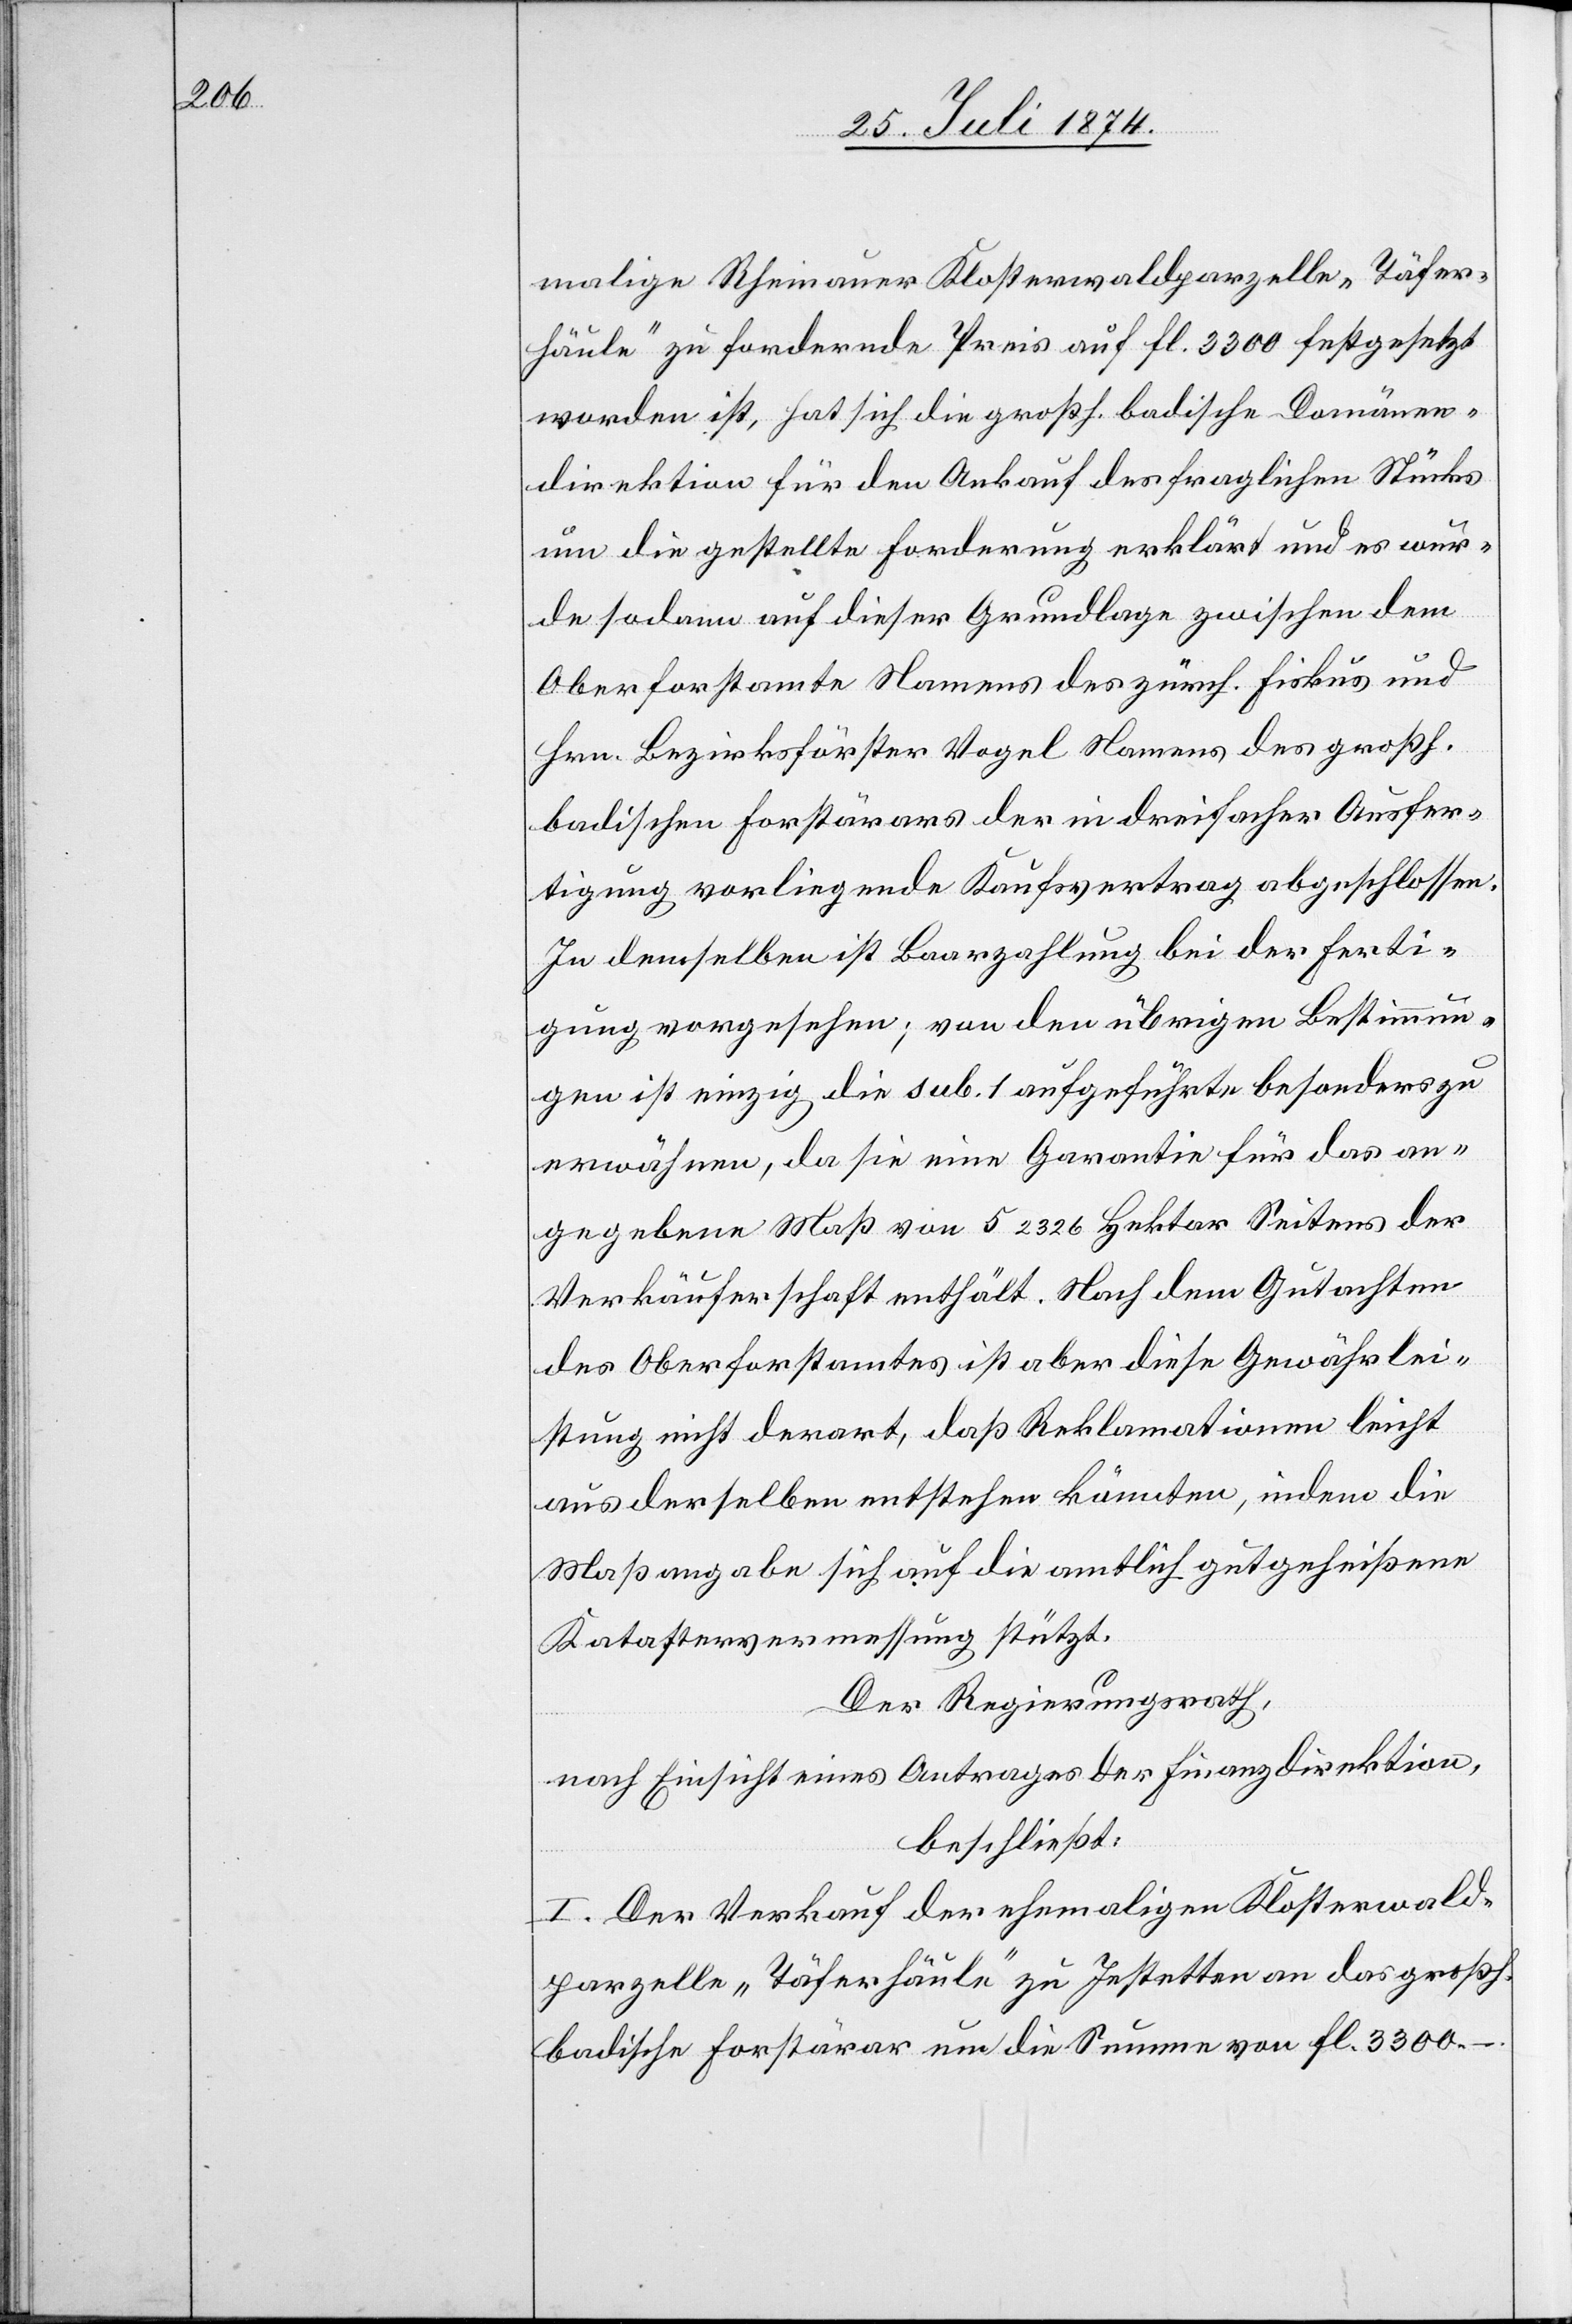
malige Rheinauer Klosterwaldparzelle „Täfer¬
häule“ zu fordernde Preis auf fl. 3300 festgesetzt
worden ist, hat sich die großh. badische Domänen¬
direktion für den Ankauf des fraglichen Stücks
um die gestellte Forderung erklärt und es wur¬
de sodann auf dieser Grundlage zwischen dem
Oberforstamte Namens des zürch. Fiskus und
Hrn. Bezirksförster Vogel Namens des großh.
badischen Forstärars der in dreifacher Ausfer¬
tigung vorliegende Kaufsvertrag abgeschlossen.
In demselben ist Baarzahlung bei der Ferti¬
gung vorgesehen; von den übrigen Bestimmun¬
gen ist einzig die sub. 1 aufgeführte besonders zu
erwähnen, da sie eine Garantie für das an¬
gegebene Maß von 5 2326 Hektar Seitens der
Verkäuferschaft enthält. Nach dem Gutachten
des Oberforstamtes ist aber diese Gewährlei¬
stung nicht derart, daß Reklamationen leicht
aus derselben entstehen könnten, indem die
Maßangabe sich auf die amtlich gutgeheißene
Katastervermessung stützt.
Der Regierungsrath,
nach Einsicht eines Antrages der Finanzdirektion,
beschließt:
I. Der Verkauf der ehemaligen Klosterwald¬
parzelle „Täferhäule“ zu Jestetten an das großh.
badische Forstärar um die Summe von fl. 3300.–